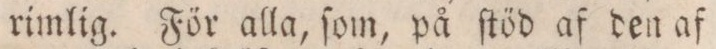
rimlig. För alla, ſom, på ſtöd af den af